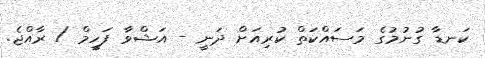
ކަނޑާ ގުނުމުގެ މަސައްކަތް ކުރިއަށް ދަނީ - އަޝްވާ ފަހީމް / ރާއްޖެ.